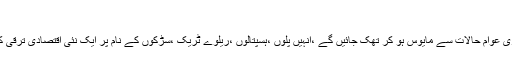
جمعرات 04 فروری 2016
باور یہ کیا جا رہا تھا کہ وقت گزرنے کے ساتھ کشمیری عوام حالات سے مایوس ہو کر تھک جائیں گے ،انہیں پُلوں ،ہسپتالوں ،ریلوے ٹریک ،سڑکوں کے نام پر ایک نئی اقتصادی ترقی کا سراب دکھا کر نظریات سے برگشتہ کر دیا جائے گا۔